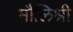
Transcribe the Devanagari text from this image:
मौलिश्री